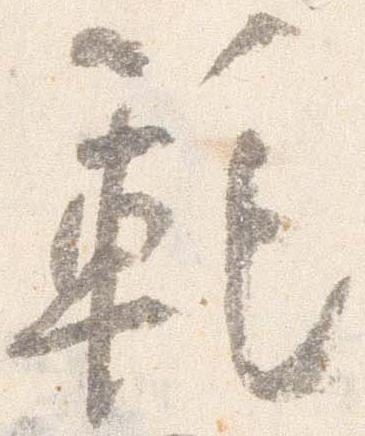
範